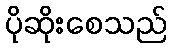
ပိုဆိုးစေသည်